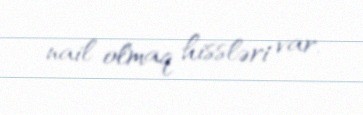
nail olmaq hissləri var.